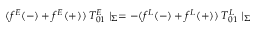
( f ^ { E } ( - ) + f ^ { E } ( + ) ) \: T _ { 0 1 } ^ { E } \mid _ { \Sigma } = - ( f ^ { L } ( - ) + f ^ { L } ( + ) ) \: T _ { 0 1 } ^ { L } \mid _ { \Sigma }